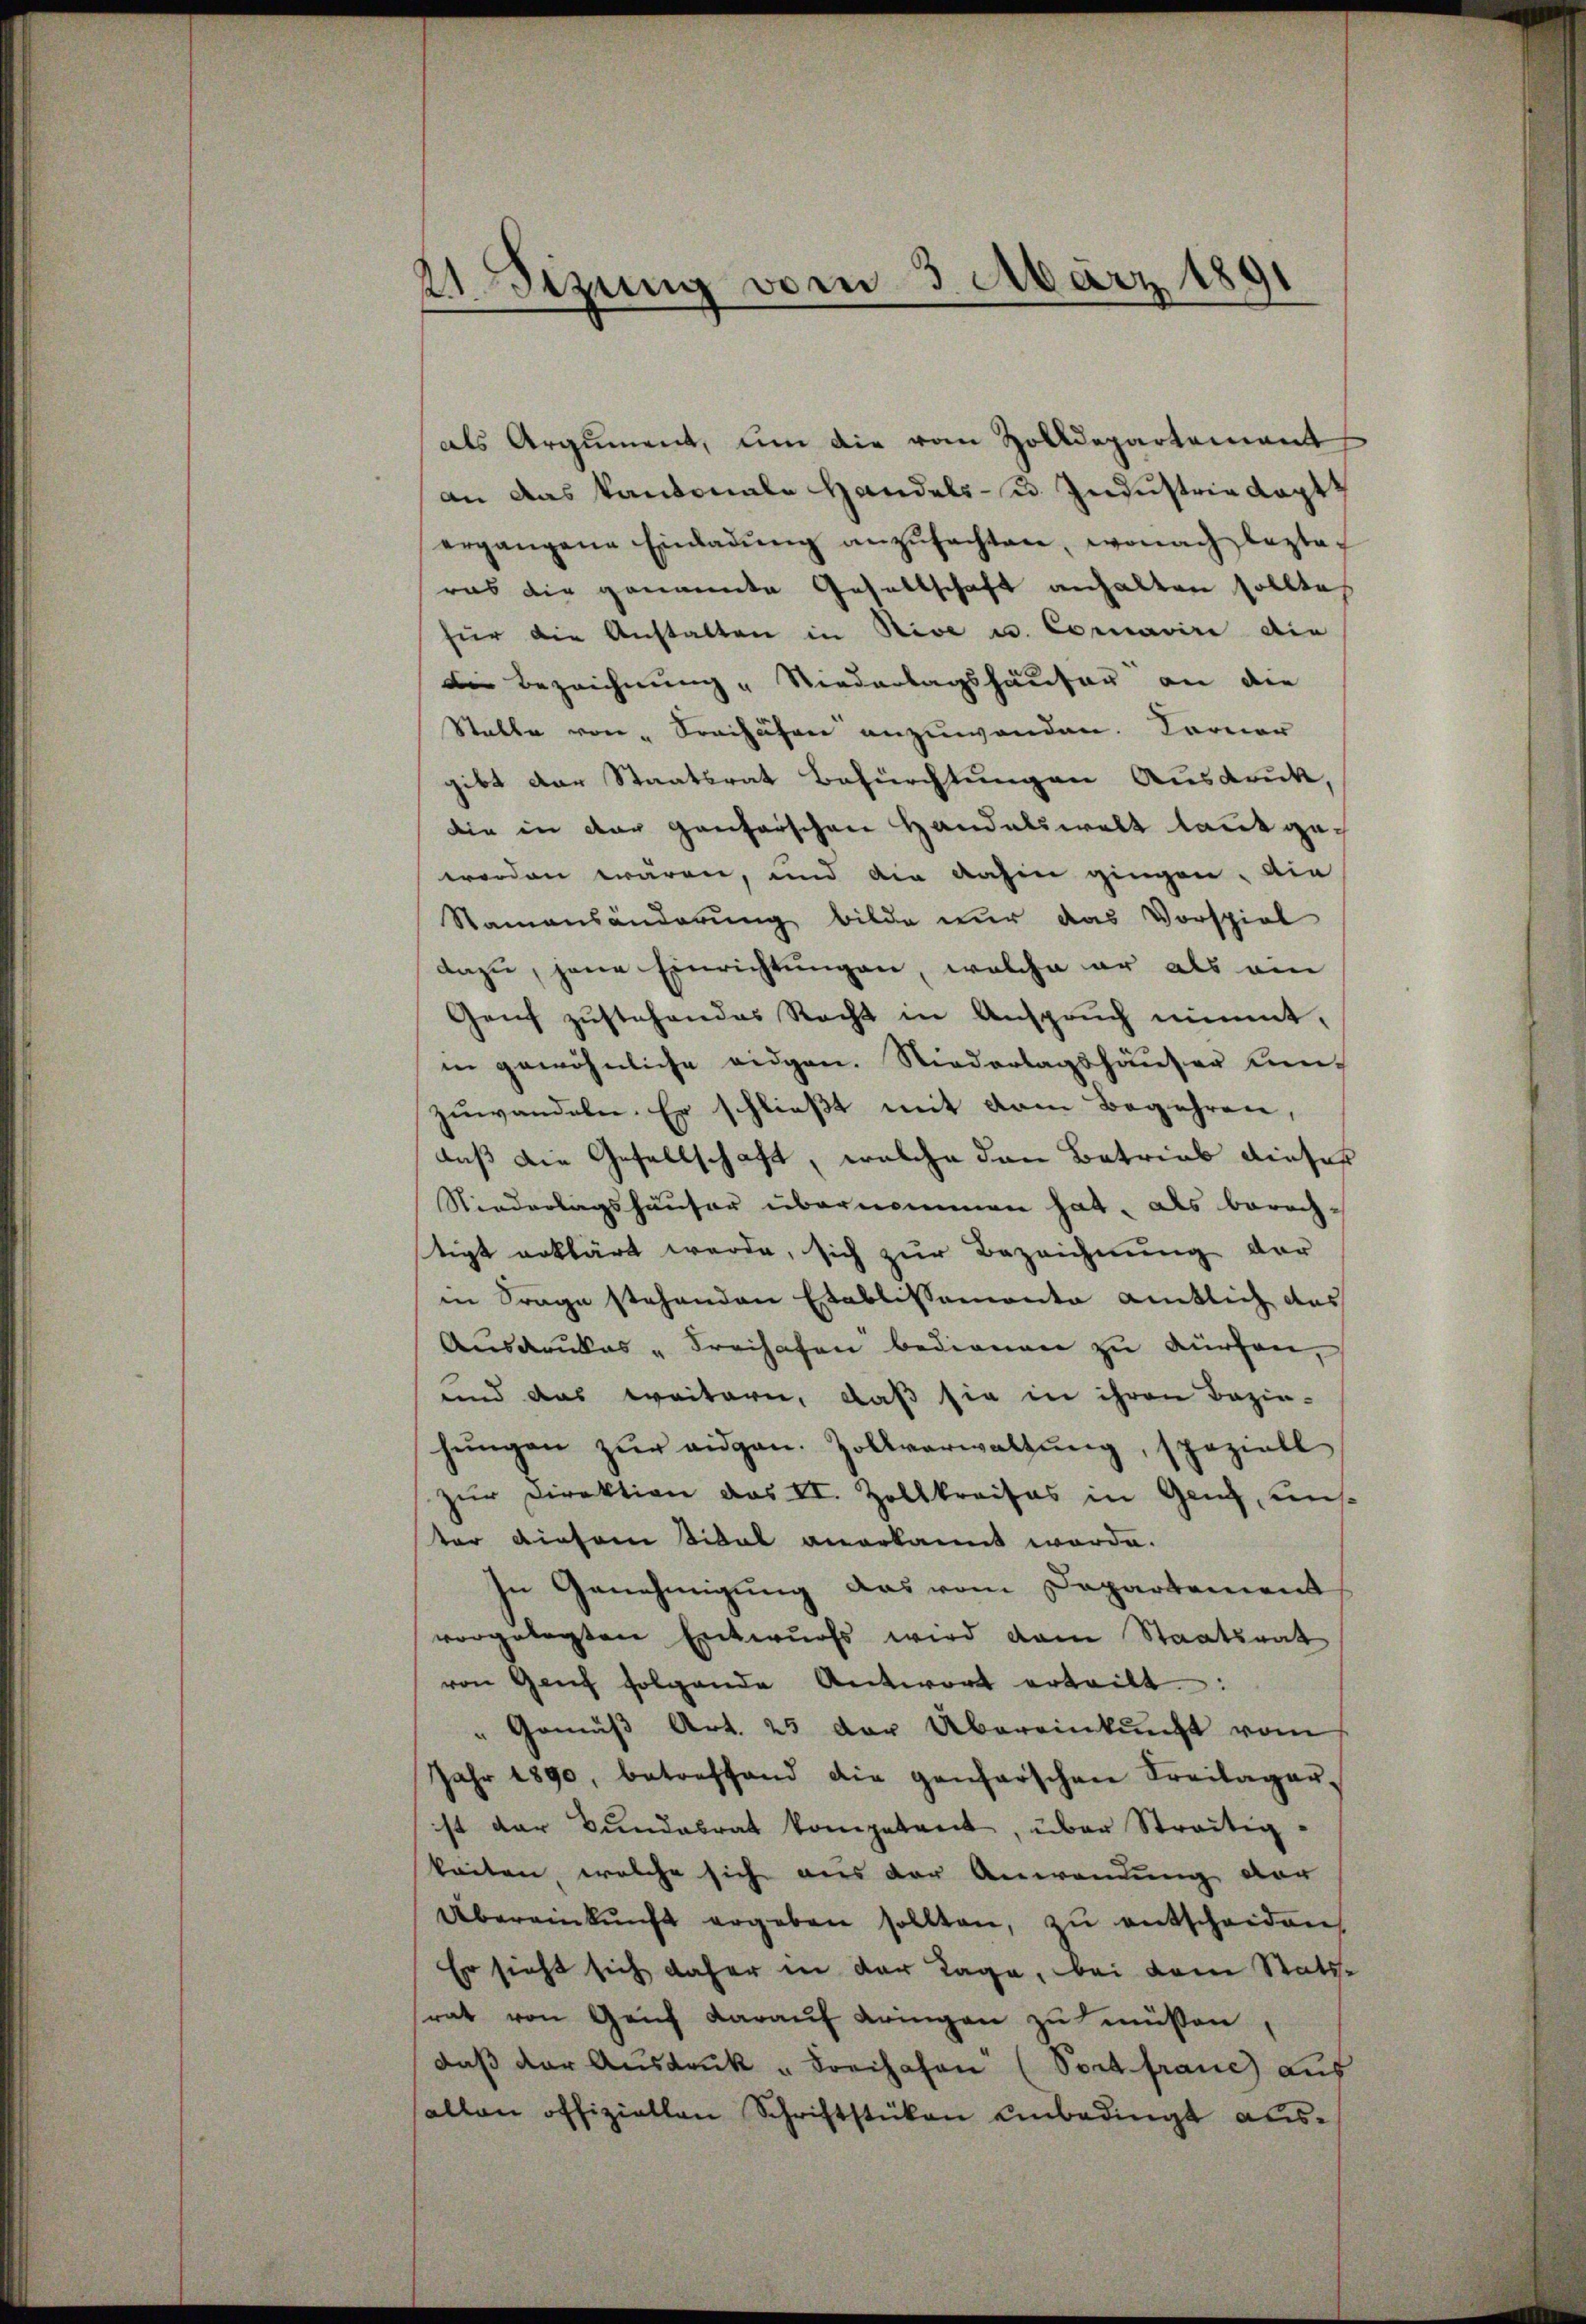
¬
21. Sizung vom 3. März 1891
.

als Argument, um die vom Zolldepartement
an das kantonale Handels- u. Industria Kapt
ergangene Einladŭng anzŭfachten, wonach lezta-
ras die genannte Gesellschaft anhalten sollte,
für die Anstalten in Rive u. Coravire die
Die Bezeichnung " Niederlagshäuser an die
Stalle von " Freihafen anzuwenden. Ferner
gibt der Staatsrat Befürchtungen Ausdruck,
die in der ganterschen Handelswelt laut geworden wären, und die dahin gingen. Die
Namensänderung bilde nur das Vorspiel
dazu, jene Einrichtungen, welche er als ein
Genf zustehendes Recht in Anspruch nimmt,
in gewöhnliche eidgen. Niederlagshäuser Kin-
zuwandeln. Er schließt mit dem Begehren,
daß die Gesellschaft, welche den Betrieb dieser
Niederlagshäuser übernommen hat, als berechstigt erklärt werde, sich zur Bezeichnung der
in Frage stehenden Etablissemente amtlich das
Ausdruckes „Freihafen bedienen zu dürfen,
und das weitern, daß sie in ihren Bezie-
hŭngen zŭr eidgen. Zollverwaltŭng, speziell
zŭr Direktion das II. Zollkreises in Gang, uns
ter dieser Sidal anerkannt worde.
In Genehmigung das vom Departement
vorgelegten Entwurfs wird dem Staatsrat
von Genf folgende Antwort erteilt:
" Gemäβ Art. 25 der Übereinkunft vom
Jahr 1890, betreffend die ganfarschen Freilager-
st der Bŭndesrat kompetent, über Streitigkeiten welche sich aus der Anwendung der
Übereinkunft ergeben sollten, zŭ entscheiden,
Er sieht sich daher in der Tage, bei dem Stats-
rat von Genf darauf eringen zu müssen
daβ der Aŭsdrŭk " Freihafen (Sochfraue Luf
allen offiziellen Schriftstücken unbedingt aus¬